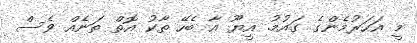
މީ އަހަރުމެންގެ ގައުމު. އީޔޫ އާ ބެހޭ ތާކު އޮތް ތަނެއް ވެސް